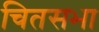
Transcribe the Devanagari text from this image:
चितसभा